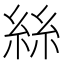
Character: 絲